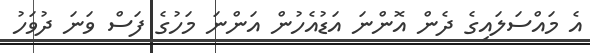
އެ މައްސަލައިގެ ދެން އޮންނަ އަޑުއެހުން އަންނަ މަހުގެ ފަސް ވަނަ ދުވަހު